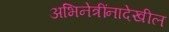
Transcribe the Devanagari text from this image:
अभिनेत्रींनादेखील